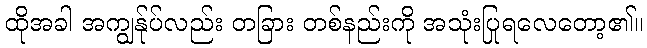
ထိုအခါ အကျွန်ုပ်လည်း တခြား တစ်နည်းကို အသုံးပြုရလေတော့၏။